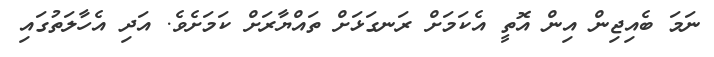
ނަމަ ބެއިޖިން އިން އޮތީ އެކަމަށް ރަނގަޅަށް ތައްޔާރަށް ކަމަށެވެ. އަދި އެހާލަތުގައި